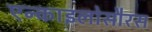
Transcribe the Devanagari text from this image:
एन्काइलोसौरस